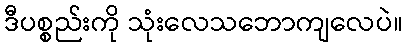
ဒီပစ္စည်းကို သုံးလေသဘောကျလေပဲ။